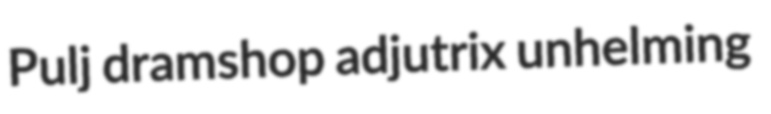
Pulj dramshop adjutrix unhelming